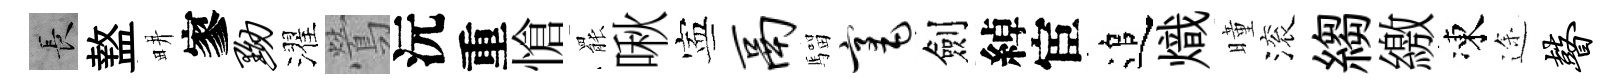
长盩畊寥黝濯鶯沅重愴罷啾寕鬲騮毫劍綽宦追熾曈滚縐繳凍途瞽